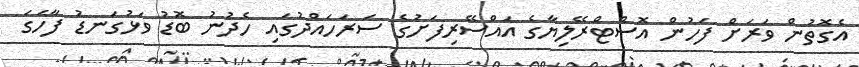
އެގޮތުން ވަރަށް ފަހުން އޮސްޓްރޭލިޔާގެ އައްސޭރިފަށުގެ ސަރަހައްދުގައި ހެދުނު ބޮޑު ވަޅުގަނޑު ފާހަގަ